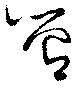
管